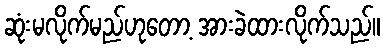
ဆုံးမလိုက်မည်ဟုတော့ အားခဲထားလိုက်သည်။